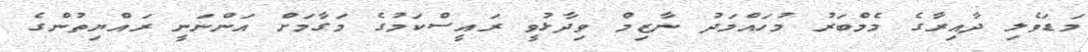
މަޑަވެލި ދާއިރާގެ މެމްބަރު މުހައްމަދު ނާޒިމް ވިދާޅުވީ ރައީސްކަމުގެ މަގާމަށް އަންނަނީ ރައްޔިތުންގެ